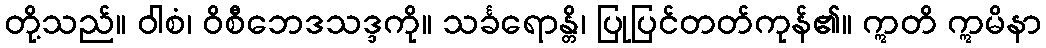
တို့သည်။ ဝါစံ၊ ဝိစီဘေဒသဒ္ဒကို။ သင်္ခရောန္တိ၊ ပြုပြင်တတ်ကုန်၏။ ဣတိ ဣမိနာ